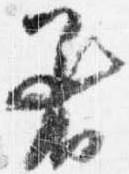
着